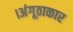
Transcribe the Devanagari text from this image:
।अंगूठाकार